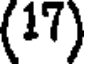
(17)